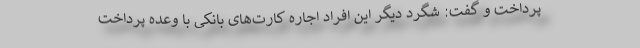
پرداخت و گفت: شگرد دیگر این افراد اجاره کارت‌های بانکی با وعده پرداخت